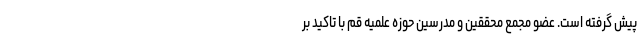
پیش گرفته است. عضو مجمع محققین و مدرسین حوزه علمیه قم با تاکید بر